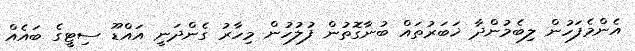
އެންމެފަހުން ލިބެމުންދާ ޚަބަރުތައް ބުނާގޮތުން ފުލުހުން މިހާރު ގެންދަނީ އައްޑޫ ސިޓީގެ ބައެއް